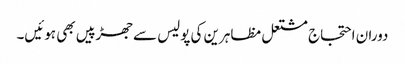
دوران احتجاج مشتعل مظاہرین کی پولیس سے جھڑپیں بھی ہوئیں۔